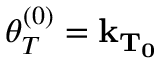
\boldsymbol { \theta _ { T } ^ { ( 0 ) } } = \mathbf { k _ { T _ { 0 } } }